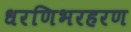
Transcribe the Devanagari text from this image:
धरणिभरहरण